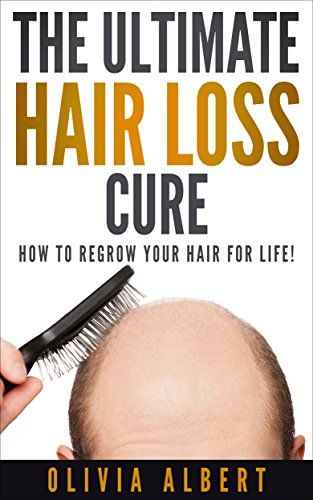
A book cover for The Ultimate Hair Loss Cure: How to regrow your hair for life!; Health, Fitness & Dieting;